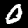
Digit: 0